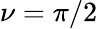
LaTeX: \nu=\pi/2